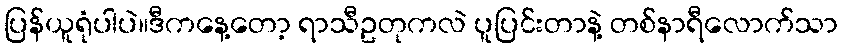
ပြန်ယူရုံပါပဲ။ဒီကနေ့တော့ ရာသီဥတုကလဲ ပူပြင်းတာနဲ့ တစ်နာရီလောက်သာ